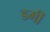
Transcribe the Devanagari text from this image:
डर्गी